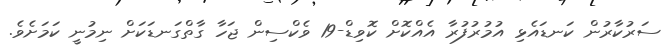
ސަރުކާރުން ކަނޑައެޅި އުމުރުފުރާ އެއްކޮށް ކޮވިޑް-19 ވެކްސިން ޖަހާ ގާތްގަނޑަކަށް ނިމުނީ ކަމަށެވެ.